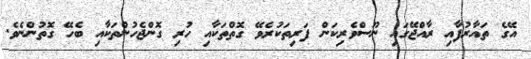
އޭގެ ތައާރުފާއި ރާއްޖޭގައި ނޫސްވެރިކަން ފަރިތަކުރެވޭ ގޮތްތަކާއި ހުރި ގޮންޖެހުންތަކާއި ބެހޭ ގޮތުންނެވެ.